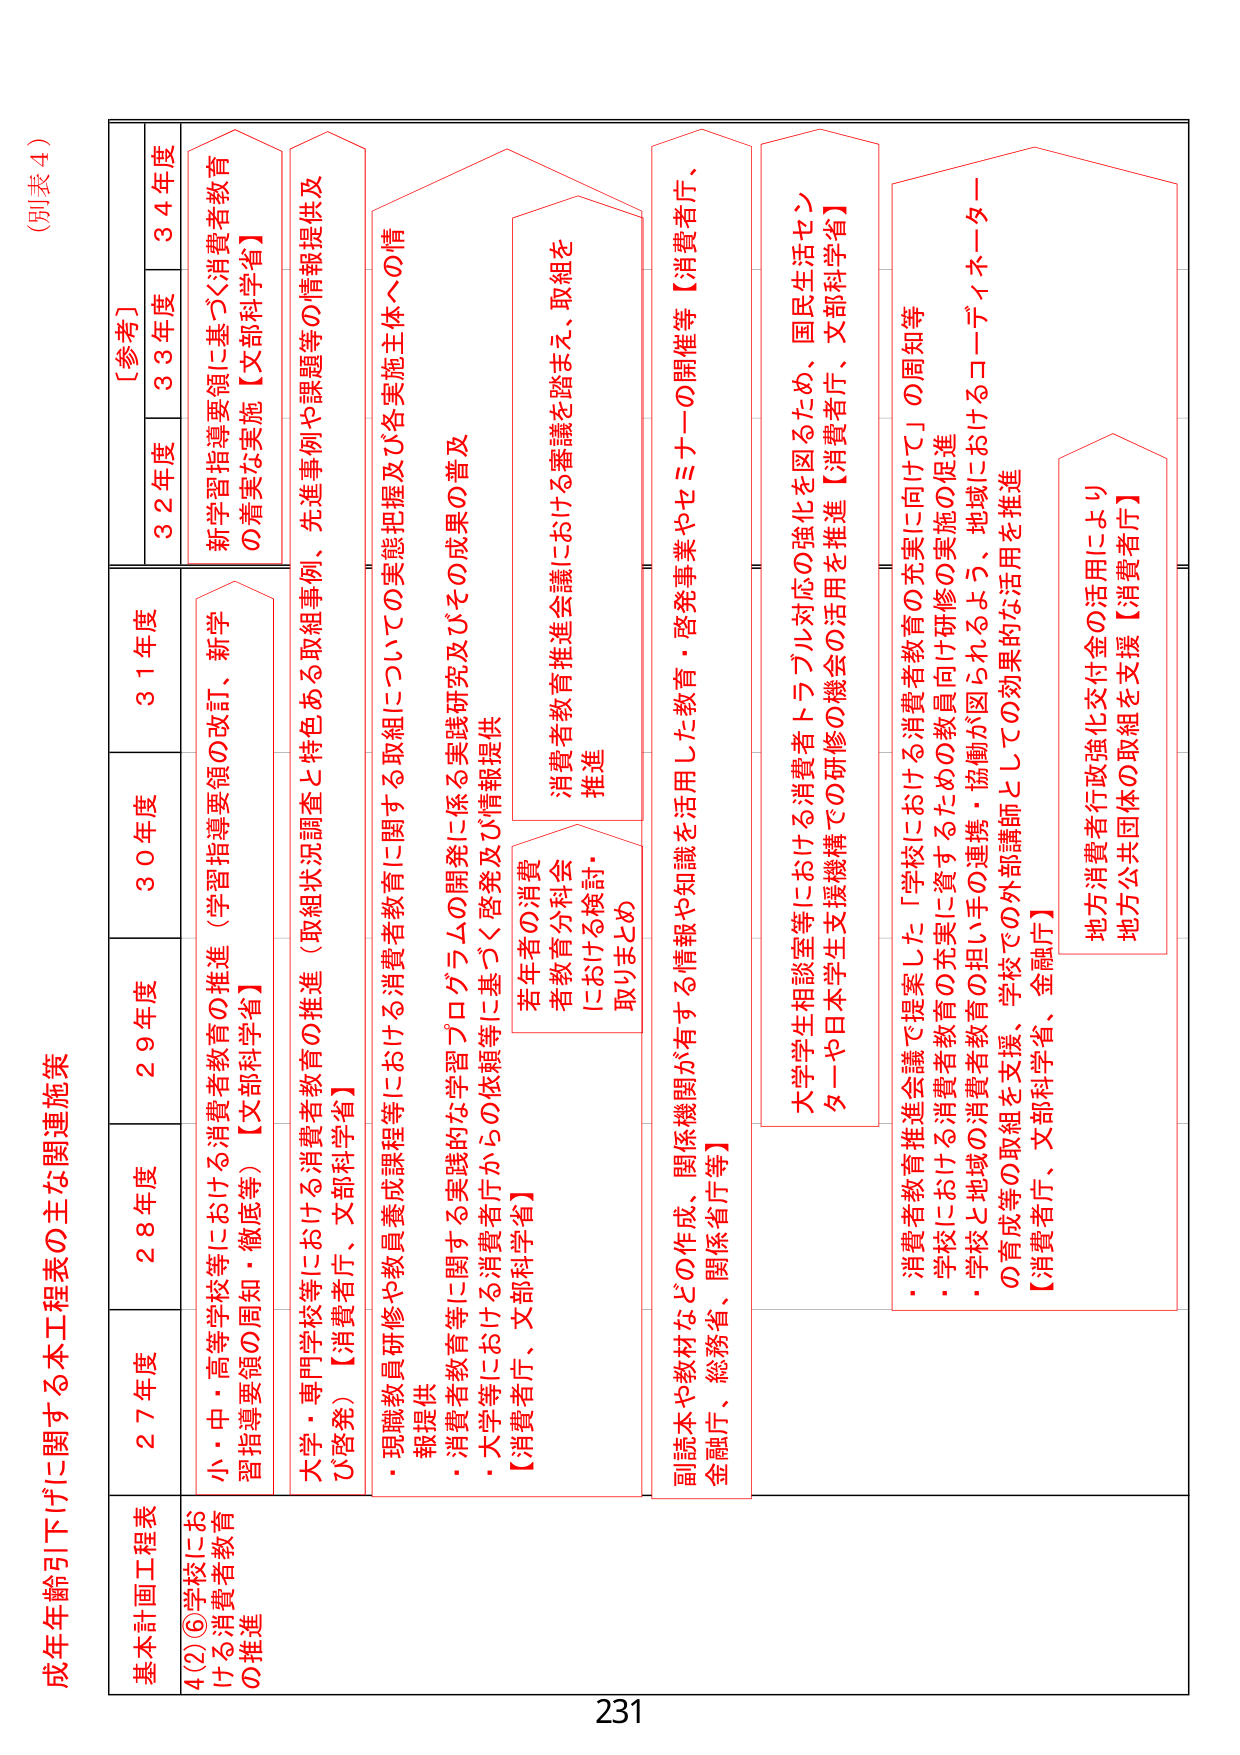
(別表４)

成年年齢引下げに関する本工程表の主な関連施策

基本計画工程表
4(2)⑥学校における消費者教育の推進

27年度
小・中・高等学校等における消費者教育の推進（学習指導要領の改訂、新学習指導要領の周知・徹底等）【文部科学省】

28年度
大学・専門学校等における消費者教育の推進（取組状況調査と特色ある取組事例、先進事例や課題等の情報提供及び啓発）【消費者庁、文部科学省】

29年度
・現職教員研修や教員養成課程等における消費者教育に関する取組についての実態把握及び各実施主体への情報提供
・消費者教育等に関する実践的な学習プログラムの開発に係る実践研究及びその成果の普及
・大学等における消費者庁からの依頼等に基づく啓発及び情報提供
【消費者庁、文部科学省】

30年度
副読本や教材などの作成、関係機関が有する情報や知識を活用した教育・啓発事業やセミナーの開催等【消費者庁、金融庁、総務省、関係省庁等】

31年度
若年者の消費者教育分科会における検討・取りまとめ
消費者教育推進会議における審議を踏まえ、取組を推進

32年度
大学生相談室等における消費者トラブル対応の強化を図るため、国民生活センターーや日本学生支援機構での研修の機会の活用を推進【消費者庁、文部科学省】

33年度
・消費者教育推進会議で提案した「学校における消費者教育の充実に向けて」の周知等
・学校における消費者教育の充実に資するための教員向け研修の実施の促進
・学校と地域の消費者教育の担い手の連携・協働が図られるよう、地域におけるコーディネーターの育成等の取組を支援、学校での外部講師としての効果的な活用を推進
【消費者庁、文部科学省、金融庁】

34年度
新学習指導要領に基づく消費者教育の着実な実施【文部科学省】

地方消費者行政強化交付金の活用により地方公共団体の取組を支援【消費者庁】

231